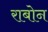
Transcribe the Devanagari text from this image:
राबोन